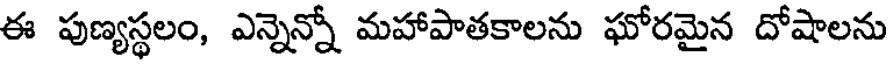
ఈ పుణ్యస్థలం, ఎన్నెన్నో మహాపాతకాలను ఘోరమైన దోషాలను